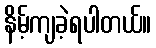
နိမ့်ကျခဲ့ရပါတယ်။